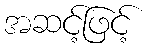
အဆင့်ဖြင့်